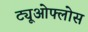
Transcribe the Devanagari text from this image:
ट्यूओफ्लोस